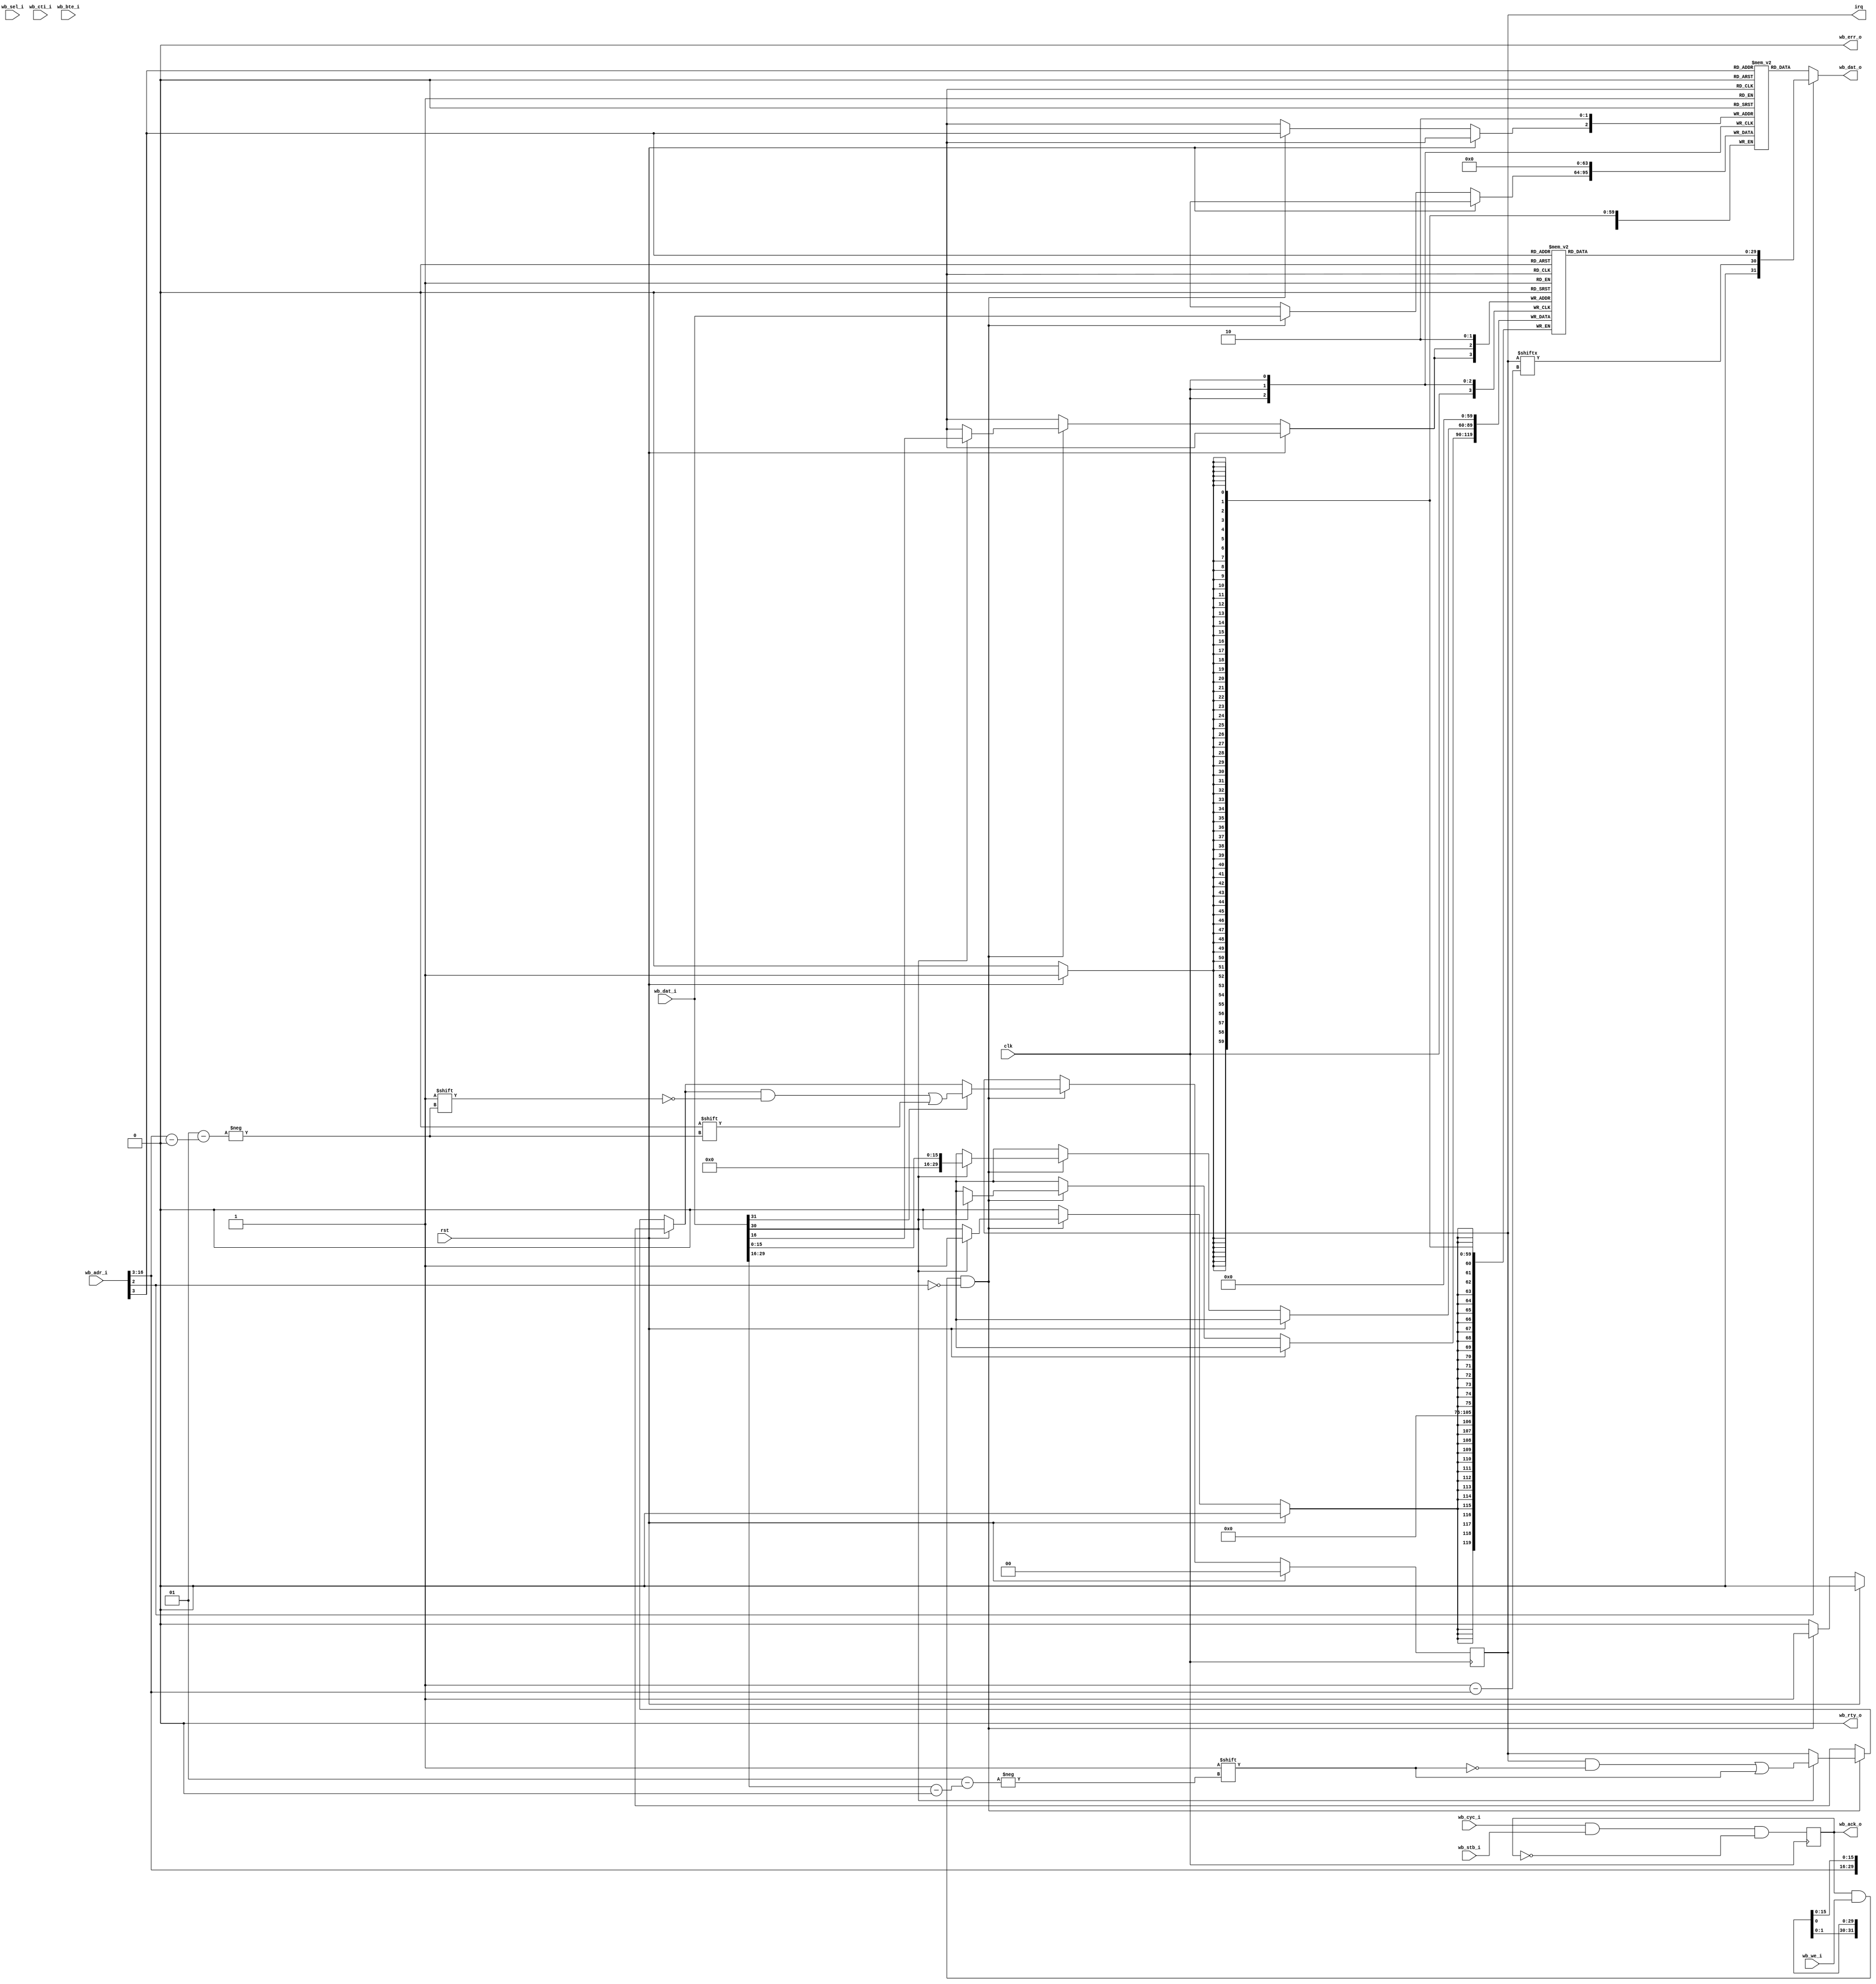
/*
 * Copyright (c) 2014, Stefan Kristiansson <stefan.kristiansson@saunalahti.fi>
 * All rights reserved.
 *
 * Redistribution and use in source and non-source forms, with or without
 * modification, are permitted provided that the following conditions are met:
 *     * Redistributions of source code must retain the above copyright
 *       notice, this list of conditions and the following disclaimer.
 *     * Redistributions in non-source form must reproduce the above copyright
 *       notice, this list of conditions and the following disclaimer in the
 *       documentation and/or other materials provided with the distribution.
 *
 * THIS WORK IS PROVIDED BY THE COPYRIGHT HOLDERS AND CONTRIBUTORS "AS IS"
 * AND ANY EXPRESS OR IMPLIED WARRANTIES, INCLUDING, BUT NOT LIMITED TO,
 * THE IMPLIED WARRANTIES OF MERCHANTABILITY AND FITNESS FOR A PARTICULAR
 * PURPOSE ARE DISCLAIMED. IN NO EVENT SHALL THE COPYRIGHT HOLDER OR
 * CONTRIBUTORS BE LIABLE FOR ANY DIRECT, INDIRECT, INCIDENTAL, SPECIAL,
 * EXEMPLARY, OR CONSEQUENTIAL DAMAGES (INCLUDING, BUT NOT LIMITED TO,
 * PROCUREMENT OF SUBSTITUTE GOODS OR SERVICES;
 * LOSS OF USE, DATA, OR PROFITS; OR BUSINESS INTERRUPTION) HOWEVER CAUSED AND
 * ON ANY THEORY OF LIABILITY, WHETHER IN CONTRACT, STRICT LIABILITY, OR TORT
 * (INCLUDING NEGLIGENCE OR OTHERWISE) ARISING IN ANY WAY OUT OF THE USE OF THIS
 * WORK, EVEN IF ADVISED OF THE POSSIBILITY OF SUCH DAMAGE.
 */

//
// Inter-Processor Interrupt handling core
//
module ipi #(
	parameter NUM_CORES = 2
)(
	input 			   clk,
	input 			   rst,
	// Wishbone slave interface
	input [16:0] 		   wb_adr_i,
	input [31:0] 		   wb_dat_i,
	input [3:0] 		   wb_sel_i,
	input 			   wb_we_i,
	input 			   wb_cyc_i,
	input 			   wb_stb_i,
	input [2:0] 		   wb_cti_i,
	input [1:0] 		   wb_bte_i,
	output [31:0] 		   wb_dat_o,
	output reg		   wb_ack_o,
	output 			   wb_err_o,
	output 			   wb_rty_o,

	// Per-core Interrupt output
	output reg [0:NUM_CORES-1] irq
);

localparam
	CONTROL	= 0,
	STATUS	= 1;

localparam
	CTRL_IRQ_ACK	= 31,
	CTRL_IRQ_GEN	= 30;

// Control register
// +---------+---------+----------+---------+
// | 31      | 30      | 29 .. 16 | 15 .. 0 |
// ----------+---------+----------+----------
// | IRQ ACK | IRQ GEN | DST CORE | DATA    |
// +---------+---------+----------+---------+
reg [31:0] control [0:NUM_CORES-1];

// Status register
// +----------+-------------+----------+---------+
// | 31       | 30          | 29 .. 16 | 15 .. 0 |
// -----------+-------------+----------+---------+
// | Reserved | IRQ Pending | SRC CORE | DATA    |
// +----------+-------------+----------+---------+
reg [29:0] status [0:NUM_CORES-1];

// Write logic
integer i;
always @(posedge clk) begin
	if (rst) begin
		irq <= 0;
		for (i = 0; i < NUM_CORES; i=i+1) begin
			control[i] <= 0;
			status[i] <= 0;
		end
	end else if (wb_ack_o & wb_we_i & (wb_adr_i[2] == CONTROL)) begin
		control[wb_adr_i[16:3]] <= wb_dat_i;

		if (wb_dat_i[CTRL_IRQ_GEN]) begin
			irq[wb_dat_i[29:16]] <= 1;
			status[wb_dat_i[29:16]][15:0] <= wb_dat_i[15:0];
			status[wb_dat_i[29:16]][29:16] <= wb_adr_i[16:3];
		end

		if (wb_dat_i[CTRL_IRQ_ACK])
			irq[wb_adr_i[16:3]] <= 0;
	end
end

// Read logic
assign wb_dat_o = (wb_adr_i[2] == CONTROL) ? control[wb_adr_i[16:3]] :
		  {1'b0, irq[wb_adr_i[16:3]], status[wb_adr_i[16:3]]};

// Ack logic
always @(posedge clk)
	wb_ack_o <= wb_cyc_i & wb_stb_i & !wb_ack_o;

assign wb_err_o = 0;
assign wb_rty_o = 0;

endmodule